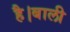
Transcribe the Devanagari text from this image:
है।बाली